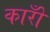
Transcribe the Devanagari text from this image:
कारोँ